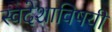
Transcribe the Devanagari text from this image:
स्वदेशाविषयी